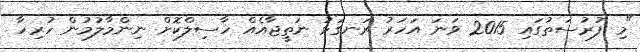
"މި ފުރުސަތުގައި 2015 ވަނަ އަހަރު ރަނގަޅު ނަތީޖާއެއް ހާސިލްކޮށް ނިންމާލުމުން ހުރިހާ